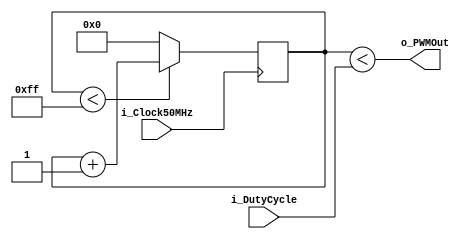
`timescale 1ns / 1ps
//////////////////////////////////////////////////////////////////////////////////
// Company: 
// Engineer: 
// 
// Design Name: 
// Module Name:    PWM_Generator 
// Project Name: 
// Target Devices: 
// Tool versions: 
// Description: 
//
// Dependencies: 
//
// Revision: 
// Revision 0.01 - File Created
// Additional Comments: 
//
//////////////////////////////////////////////////////////////////////////////////
module PWM_Generator(
	input i_Clock50MHz,             // Clock input
	input [7:0] i_DutyCycle, 		  // Input Duty Cycle
	output o_PWMOut         		  // Output PWM
);
 
	// 8-BIT COUNTER
	reg [7:0] r_Counter = 8'd0;
	
	always @(posedge i_Clock50MHz)
		if (r_Counter<8'd255)
		begin
			r_Counter <= r_Counter + 8'd1;
		end
		else
		begin
			r_Counter <= 8'd0;
		end
	
	assign o_PWMOut = (r_Counter < i_DutyCycle);

////////////////////////YOUR CODE ENDS HERE//////////////////////////
endmodule